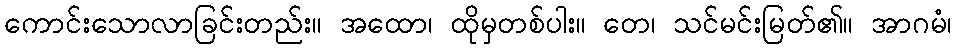
ကောင်းသောလာခြင်းတည်း။ အထော၊ ထိုမှတစ်ပါး။ တေ၊ သင်မင်းမြတ်၏။ အာဂမံ၊